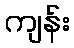
ကျန်း